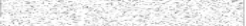
٤٩